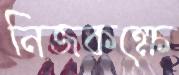
নিজকক্ষে